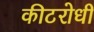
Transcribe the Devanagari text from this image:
कीटरोधी